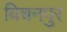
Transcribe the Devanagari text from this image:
विचनपुर